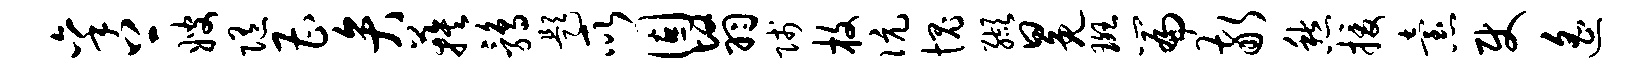
秉上嫂随曹弁蔟鹑题所固翳贱枚伉愧缬冕斑篇敬愁援怠使遥